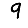
Digit: 9